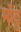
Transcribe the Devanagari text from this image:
मॉट्ट